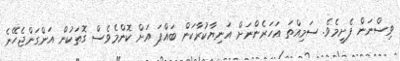
ވިސްނަން ފެށީމެވެ. ސަމިއްތަ އަހަރެންނަށް އަނިޔާކުރާކަން ބައްޕަ އަށް ކޮންމެވެސް ގޮތަކުން އަންގަންޖެހޭނެ